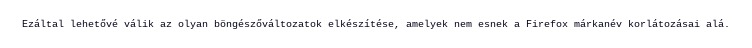
Ezáltal lehetővé válik az olyan böngészőváltozatok elkészítése, amelyek nem esnek a Firefox márkanév korlátozásai alá.